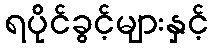
ရပိုင်ခွင့်များနှင့်